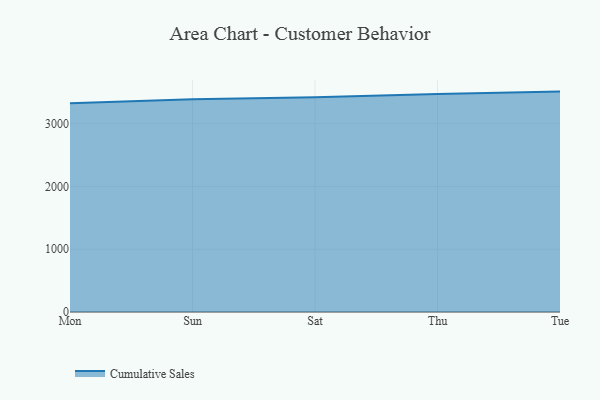
{"axis": {"x": "Day", "y": "Net Income (USD K)"}, "legend": ["Cumulative Sales"], "data": [{"x": "Mon", "y": 3326.4, "type": "Cumulative Sales"}, {"x": "Sun", "y": 3389.8, "type": "Cumulative Sales"}, {"x": "Sat", "y": 3421.7, "type": "Cumulative Sales"}, {"x": "Thu", "y": 3472.6, "type": "Cumulative Sales"}, {"x": "Tue", "y": 3511.0, "type": "Cumulative Sales"}]}